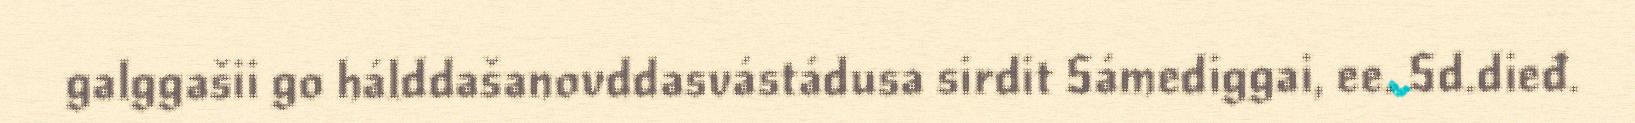
galggašii go hálddašanovddasvástádusa sirdit Sámediggai, ee. Sd.dieđ.